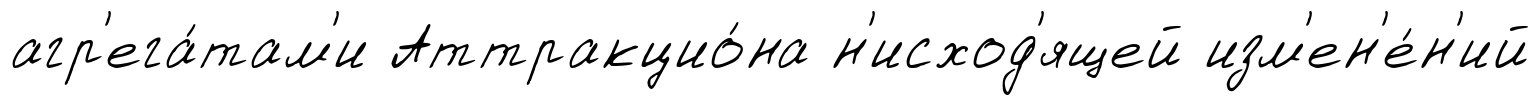
агр'ега́там'и Аттракцио́на н'исход'ящей изм'ен'е́н'ий